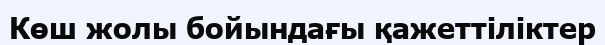
Көш жолы бойындағы қажеттіліктер